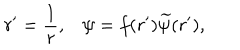
LaTeX: r ^ { \prime } = { \frac { 1 } { r } } , \psi = f ( r ^ { \prime } ) { \widetilde { \psi } } ( r ^ { \prime } ) ,